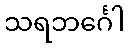
သရဘင်္ဂေါ